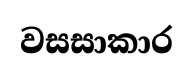
වසසාකාර